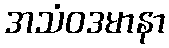
အသံဝဒမာနာ